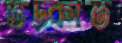
ভড়্‌কাত